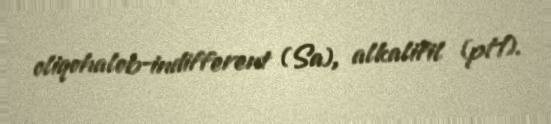
oliqohalob-indifferent (Sa), alkalifil (pH).